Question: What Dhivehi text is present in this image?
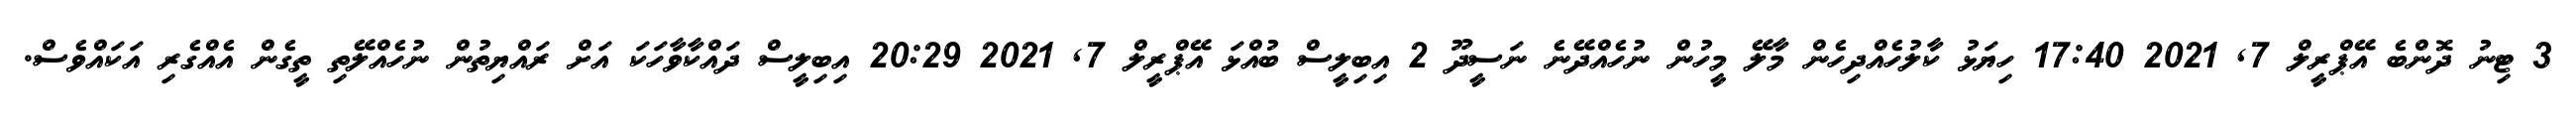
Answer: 3 ޓިނު ދޮންބެ އޭޕްރީލް 7, 2021 17:40 ހިޔަޅު ކާލުހެއްދިހެން މާލޭ މީހުން ނުހެއްދޭނެ ނަސީދޫ 2 އިބިލީސް ބުއްޅަ އޭޕްރީލް 7, 2021 20:29 އިބިލީސް ދައްކާވާހަކަ އަށް ރައްޔިތުން ނުހެއްލޭތި ތީގެން އެއްގެރި އަކައްވެސް.